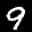
Label: 9